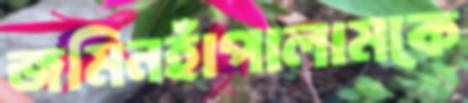
জমিনহাঁপালামকে